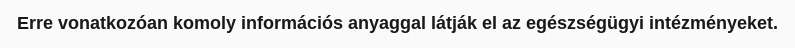
Erre vonatkozóan komoly információs anyaggal látják el az egészségügyi intézményeket.